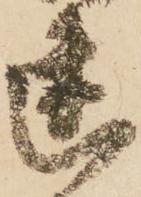
幽